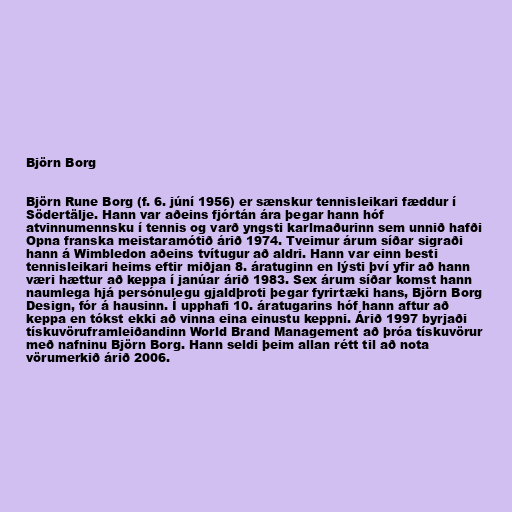
Björn Borg

Björn Rune Borg (f. 6. júní 1956) er sænskur tennisleikari fæddur í
Södertälje. Hann var aðeins fjórtán ára þegar hann hóf
atvinnumennsku í tennis og varð yngsti karlmaðurinn sem unnið hafði
Opna franska meistaramótið árið 1974. Tveimur árum síðar sigraði
hann á Wimbledon aðeins tvítugur að aldri. Hann var einn besti
tennisleikari heims eftir miðjan 8. áratuginn en lýsti því yfir að hann
væri hættur að keppa í janúar árið 1983. Sex árum síðar komst hann
naumlega hjá persónulegu gjaldþroti þegar fyrirtæki hans, Björn Borg
Design, fór á hausinn. Í upphafi 10. áratugarins hóf hann aftur að
keppa en tókst ekki að vinna eina einustu keppni. Árið 1997 byrjaði
tískuvöruframleiðandinn World Brand Management að þróa tískuvörur
með nafninu Björn Borg. Hann seldi þeim allan rétt til að nota
vörumerkið árið 2006.